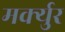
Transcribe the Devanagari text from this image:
मर्क्युर